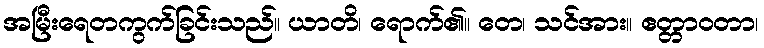
အမြီးရေတကွက်ခြင်းသည်။ ယာတိ၊ ရောက်၏။ တေ၊ သင်အား။ ဧတ္တာဝတာ၊